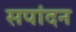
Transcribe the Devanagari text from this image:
सपांदन